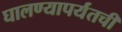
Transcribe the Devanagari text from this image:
घालण्यापर्यंतची